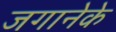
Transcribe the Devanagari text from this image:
जगानेके